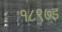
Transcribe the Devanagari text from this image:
१८९७इ